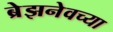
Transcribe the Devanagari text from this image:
ब्रेझनेवच्या